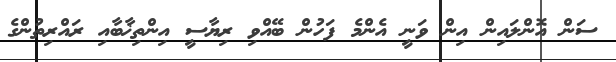
ސަން އޮންލައިން އިން ވަނީ އެންމެ ފަހުން ބޭއްވި ރިޔާސީ އިންތިޚާބާއި ރައްރިތުންގެ